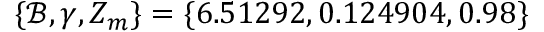
\{ \mathcal { B } , \gamma , \ensuremath { Z _ { m } } \} = \{ 6 . 5 1 2 9 2 , 0 . 1 2 4 9 0 4 , 0 . 9 8 \}